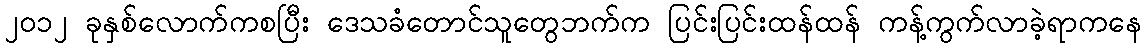
၂၀၁၂ ခုနှစ်လောက်ကစပြီး ဒေသခံတောင်သူတွေဘက်က ပြင်းပြင်းထန်ထန် ကန့်ကွက်လာခဲ့ရာကနေ